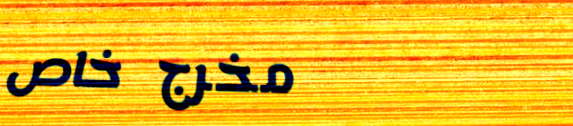
مخرج خاص